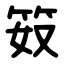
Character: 笯